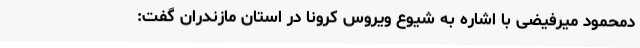
دمحمود میرفیضی با اشاره به شیوع ویروس کرونا در استان مازندران گفت: